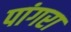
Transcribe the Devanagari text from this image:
पांगरा